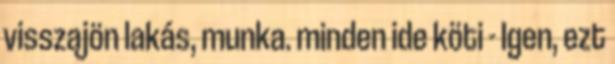
visszajön lakás, munka. minden ide köti - Igen, ezt